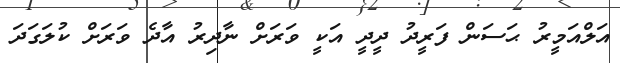
އަލްއަމީރު ޙަސަން ފަރީދު ދީދީ އަކީ ވަރަށް ނާދިރު އާދެ ވަރަށް ކުލަގަދަ